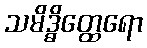
သမိဒ္ဓိတ္ထေရော